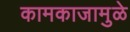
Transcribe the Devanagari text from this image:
कामकाजामुळे